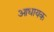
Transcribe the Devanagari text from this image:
आधायक